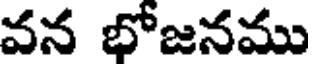
వన భోజనము